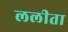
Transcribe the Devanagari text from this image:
ललीता